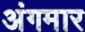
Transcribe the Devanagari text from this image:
अंगमार